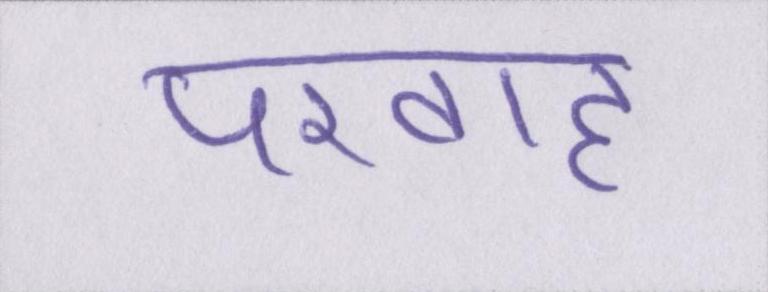
परवाह